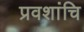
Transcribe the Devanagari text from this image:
प्रवशांचि